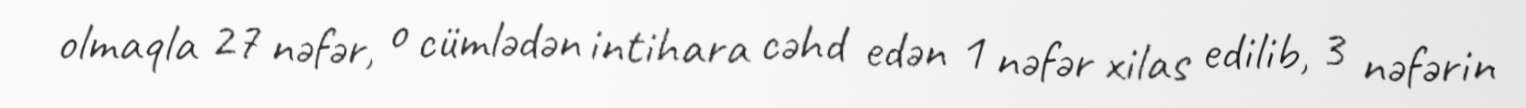
olmaqla 27 nəfər, o cümlədən intihara cəhd edən 1 nəfər xilas edilib, 3 nəfərin